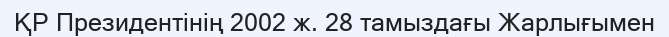
ҚР Президентінің 2002 ж. 28 тамыздағы Жарлығымен